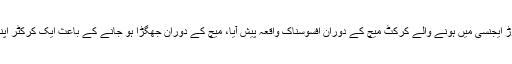
تفصیلات کے مطابق باجوڑ ایجنسی میں ہونے والے کرکٹ میچ کے دوران افسوسناک واقعہ پیش آیا، میچ کے دوران جھگڑا ہو جانے کے باعث ایک کرکٹر اپنی جان کی بازی ہار بیٹھا۔